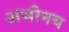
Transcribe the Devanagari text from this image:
अभीनय